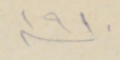
سنة ١٩١٠